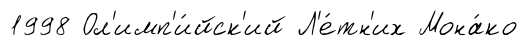
1998 Ол'имп'и́йск'ий Л'е́тн'их Мона́ко